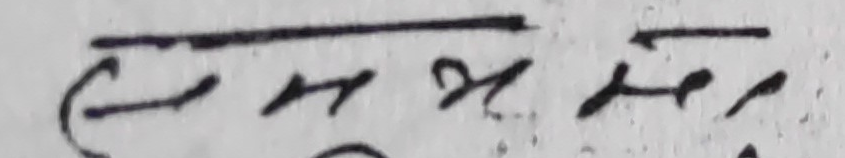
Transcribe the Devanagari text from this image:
( र. २. ७२)